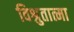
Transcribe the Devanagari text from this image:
विश्रुतात्मा